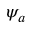
\psi _ { a }